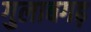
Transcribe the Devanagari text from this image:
गुलाबगढ़